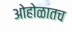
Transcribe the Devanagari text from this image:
ओहोळातच